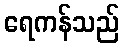
ရေကန်သည်